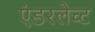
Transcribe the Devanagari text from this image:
एंडरलेच्ट